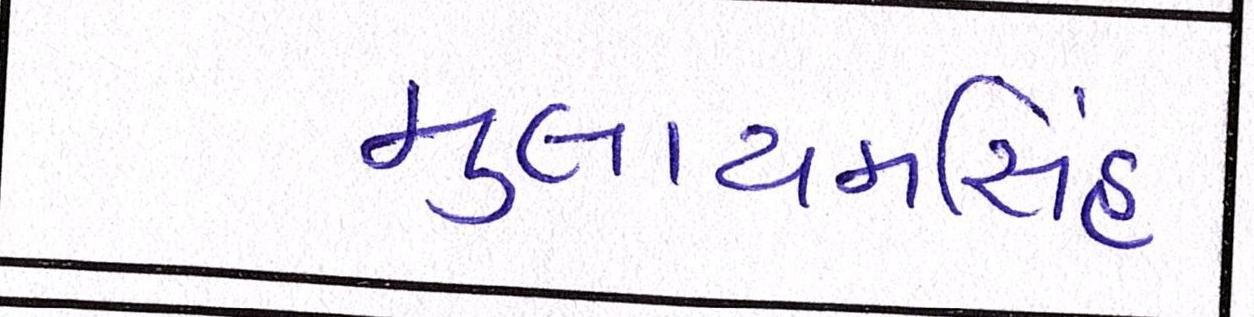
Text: મુલાયમસિંહ